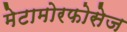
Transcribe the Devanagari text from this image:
मेटामोरफोसेज